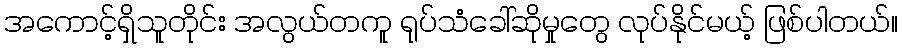
အကောင့်ရှိသူတိုင်း အလွယ်တကူ ရုပ်သံခေါ်ဆိုမှုတွေ လုပ်နိုင်မယ့် ဖြစ်ပါတယ်။